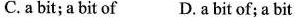
C.a bit; a bit of D. a bit of; a bit